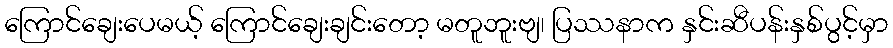
ကြောင်ချေးပေမယ့် ကြောင်ချေးချင်းတော့ မတူဘူးဗျ၊ ပြဿနာက နှင်းဆီပန်းနှစ်ပွင့်မှာ